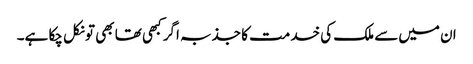
ان میں‌سے ملک کی خدمت کا جذبہ اگر کبھی تھا بھی تو نکل چکا ہے۔